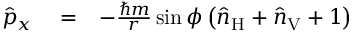
\begin{array} { r l r } { \hat { p } _ { x } } & { { } = } & { - \frac { \hbar m } { r } \sin \phi \left( \hat { n } _ { \mathrm { H } } + \hat { n } _ { \mathrm { V } } + 1 \right) } \end{array}